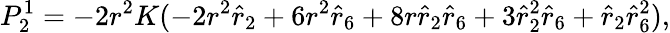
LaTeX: P_{2}^{1}=-2r^{2}K(-2r^{2}\hat{r}_{2}+6r^{2}\hat{r}_{6}+8r\hat{r}_{2}\hat{r}_{6}+3\hat{r}_{2}^{2}\hat{r}_{6}+\hat{r}_{2}\hat{r}_{6}^{2}),